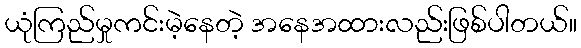
ယုံကြည်မှုကင်းမဲ့နေတဲ့ အနေအထားလည်းဖြစ်ပါတယ်။